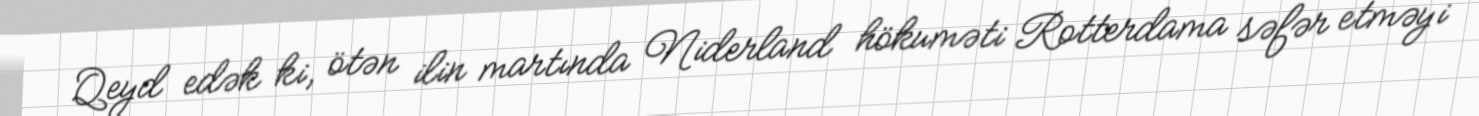
Qeyd edək ki, ötən ilin martında Niderland hökuməti Rotterdama səfər etməyi